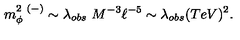
m _ { \phi } ^ { 2 \ ( - ) } \sim \lambda _ { o b s } \ M ^ { - 3 } \ell ^ { - 5 } \sim \lambda _ { o b s } ( T e V ) ^ { 2 } .